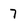
Character: 7